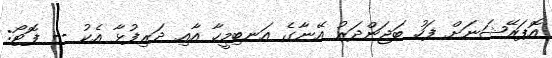
އޮޕަރޭޝަނަށް ފަހު ބަޖަންދަރު އޭނާގެ އަނބިމީހާ އާއި ދަރިފުޅާ އެކު -- ފޮޓޯ: